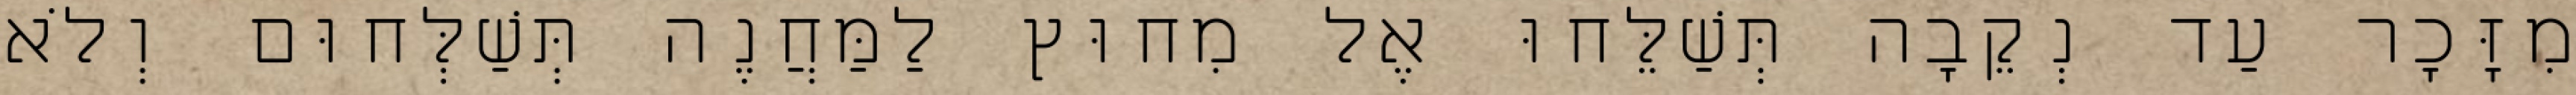
מִזָּכָר עַד נְקֵבָה תְּשַׁלֵּחוּ אֶל מִחוּץ לַמַּחֲנֶה תְּשַׁלְּחוּם וְלֹא